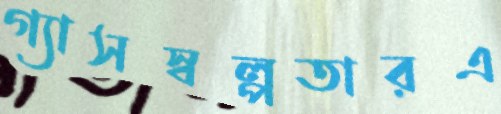
গ্যাসস্বল্পতারএ